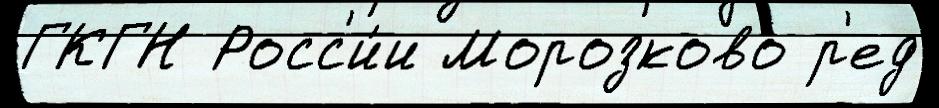
ГКГН Росс'и́и Морозково р'ед